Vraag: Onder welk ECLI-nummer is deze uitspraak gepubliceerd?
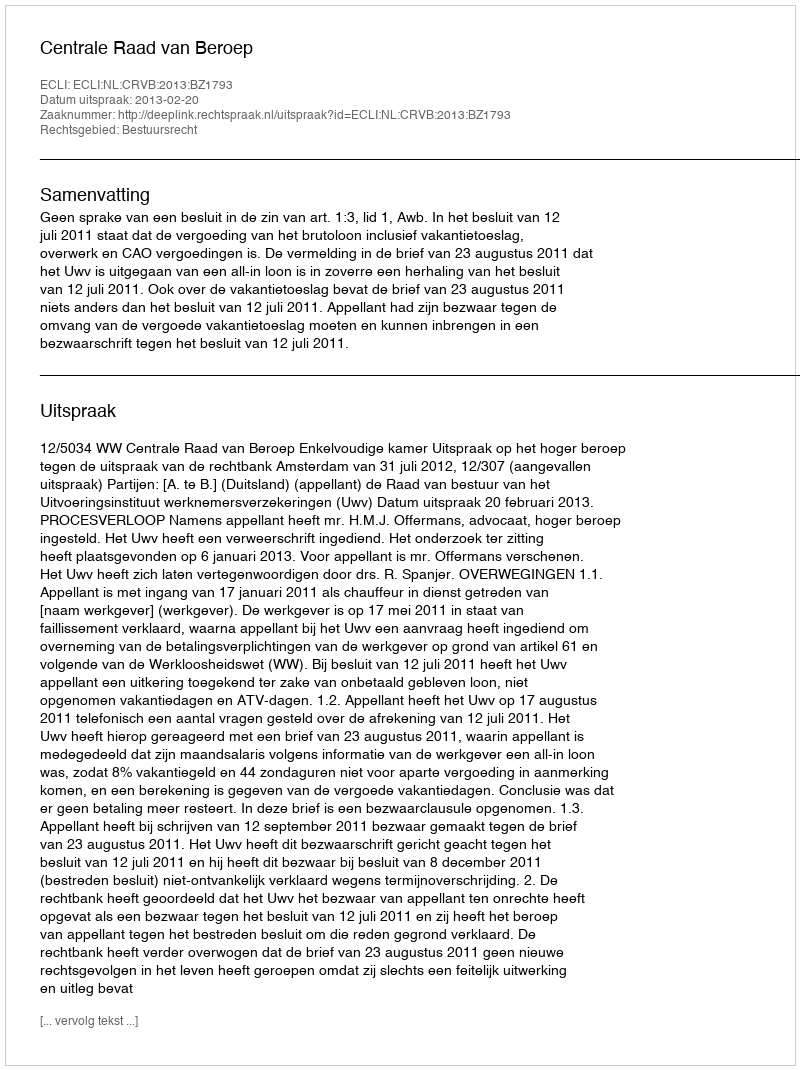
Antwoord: ECLI:NL:CRVB:2013:BZ1793